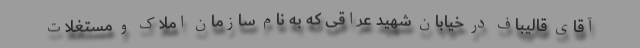
آقای قالیباف در خیابان شهید عراقی که به نام سازمان املاک و مستغلات